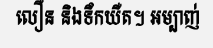
លឿន និងទឹកយឺត។ អម្បាញ់